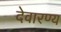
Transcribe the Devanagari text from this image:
देवारण्य